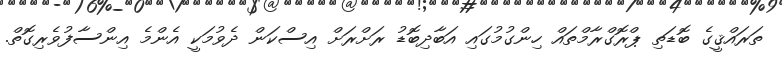
ތަރައްޤީގެ ބޮޑަތި ޕްރޮގްރާމްތައް ހިންގުމުގައި އަބާދިބޮޑު ރަށްރަށް އިސްކަން ދެވުމަކީ އެންމެ އިންސާފުވެރިގޮތް.